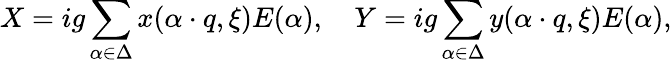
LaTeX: X=ig\sum_{\alpha\in\Delta}x(\alpha\cdot q,\xi)E(\alpha),\quad Y=ig\sum_{\alpha\in\Delta}y(\alpha\cdot q,\xi)E(\alpha),